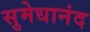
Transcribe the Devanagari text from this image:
सुमेधानंद